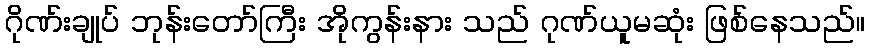
ဂိုဏ်းချုပ် ဘုန်းတော်ကြီး အိုကွန်းနား သည် ဂုဏ်ယူမဆုံး ဖြစ်နေသည်။